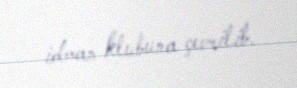
idman klubuna çevrilib.